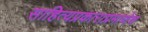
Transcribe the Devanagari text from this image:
साहित्यप्रकाराप्रमाणेच